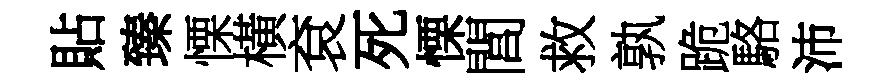
貼臻慄橫袞死慄閭救孰跪駱沛